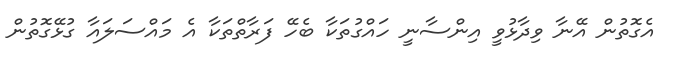
އެގޮތުން އޭނާ ވިދާޅުވީ އިންސާނީ ހައްގުތަކާ ބެހޭ ފަރާތްތަކާ އެ މައްސަލައާ ގުޅޭގޮތުން